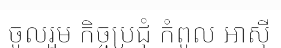
ចូលរួម កិច្ចប្រជុំ កំពូល អាស៊ី